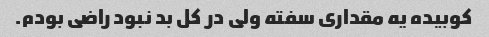
کوبیده یه مقداری سفته ولی در کل بد نبود راضی بودم.